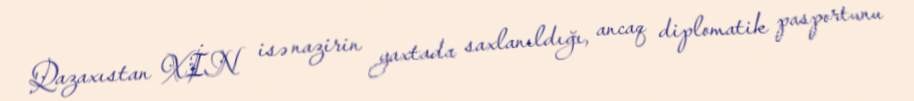
Qazaxıstan XİN isə nazirin yaxtada saxlanıldığı, ancaq diplomatik pasportunu